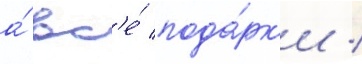
а́ вс'е́ пода́рк'и /